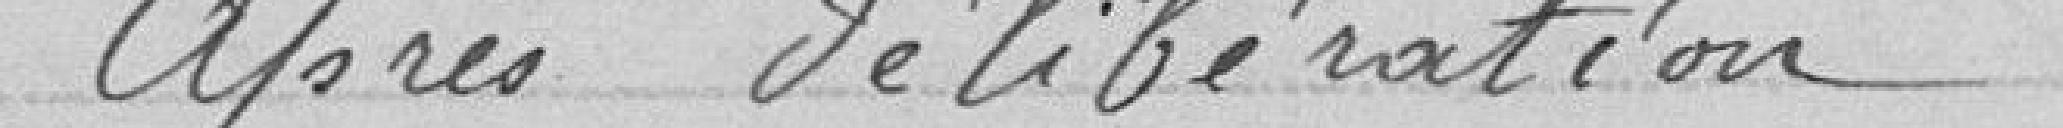
Après délibération,